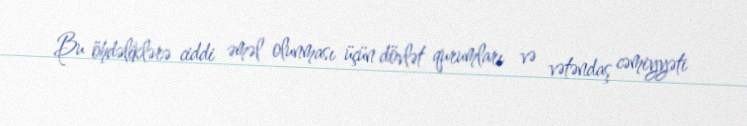
Bu öhdəliklərə ciddi əməl olunması üçün dövlət qurumları və vətəndaş cəmiyyəti